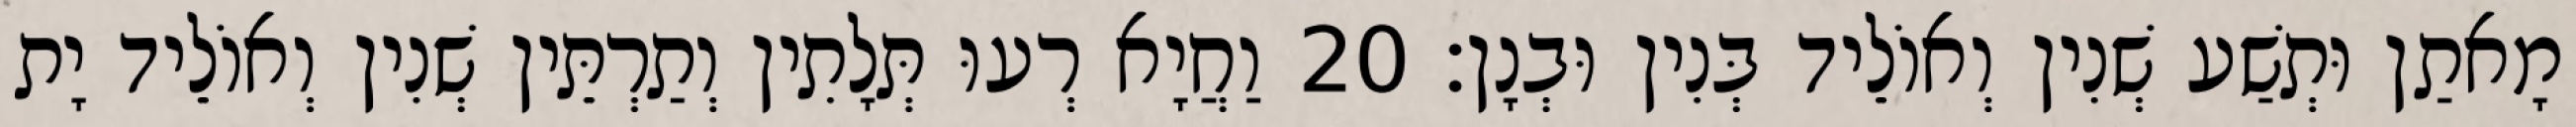
מָאתַן וּתְשַׁע שְׁנִין וְאוֹלֵיד בְּנִין וּבְנָן׃ 20 וַחֲיָא רְעוּ תְּלָתִין וְתַרְתֵּין שְׁנִין וְאוֹלֵיד יָת